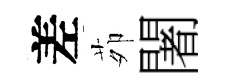
差茆闍